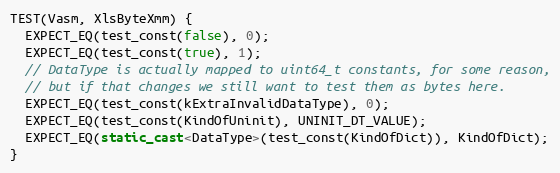
Language: C++
TEST(Vasm, XlsByteXmm) {
  EXPECT_EQ(test_const(false), 0);
  EXPECT_EQ(test_const(true), 1);
  // DataType is actually mapped to uint64_t constants, for some reason,
  // but if that changes we still want to test them as bytes here.
  EXPECT_EQ(test_const(kExtraInvalidDataType), 0);
  EXPECT_EQ(test_const(KindOfUninit), UNINIT_DT_VALUE);
  EXPECT_EQ(static_cast<DataType>(test_const(KindOfDict)), KindOfDict);
}